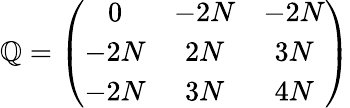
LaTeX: \mathbb{Q}=\left(\begin{array}{ccc}{{0}}&{{-2N}}&{{-2N}}\\ {{-2N}}&{{2N}}&{{3N}}\\ {{-2N}}&{{3N}}&{{4N}}\end{array}\right)